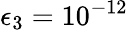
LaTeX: \epsilon_{3}=10^{-12}